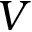
V